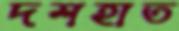
দশহাত